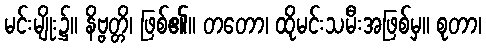
မင်းမျိုး၌။ နိဗ္ဗတ္တိ၊ ဖြစ်၏။ တတော၊ ထိုမင်းသမီးအဖြစ်မှ။ စုတာ၊